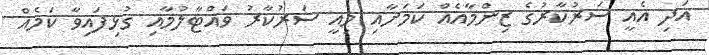
އަދި އެއީ ސަރުކާރުގެ ޒިންމާއެއް ކަމަށާއި މިއީ ސަރުކާރު ވައްޓާލުމާއި ގުޅިފައިވާ ކަމެއް